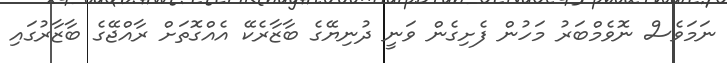
ނަމަވެސް ނޮވެމްބަރު މަހުން ފެށިގެން ވަނީ ދުނިޔޭގެ ބާޒާރެކޭ އެއްގޮތަށް ރާއްޖޭގެ ބާޒާރުގައި